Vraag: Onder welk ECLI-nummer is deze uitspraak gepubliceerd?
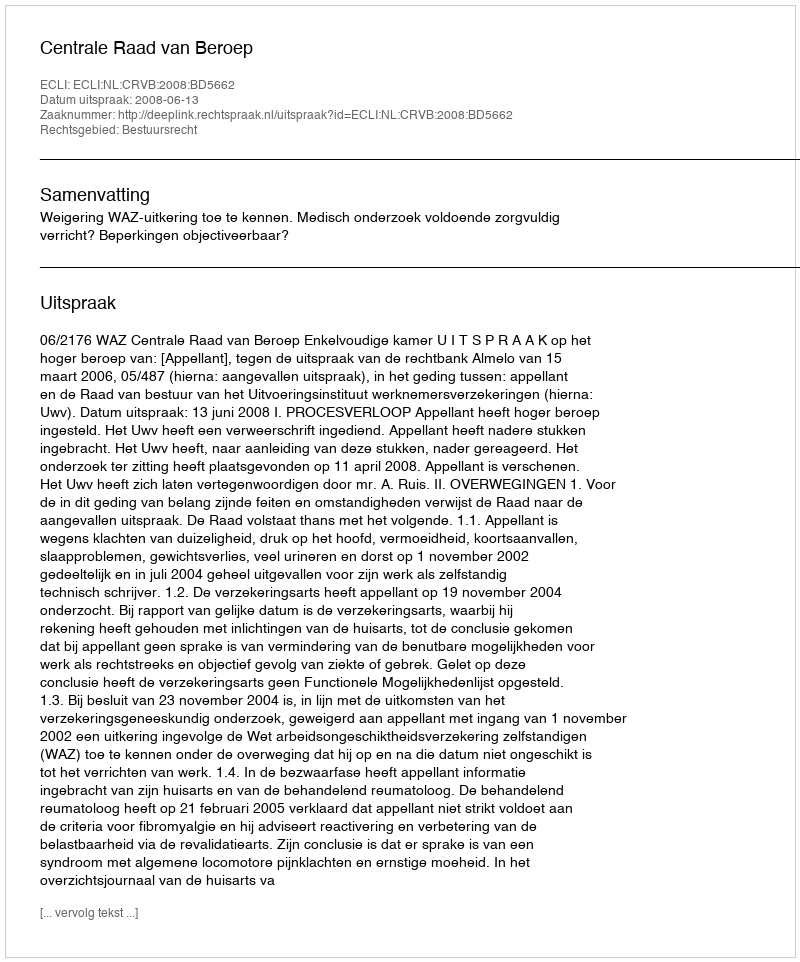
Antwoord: ECLI:NL:CRVB:2008:BD5662